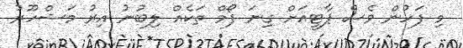
މި ފަހުން ވެސް ޕާޓީއަށް ގިނަ ފޯމް ތަކެއް ލިބުނު އިރު މަޝްހޫރު